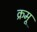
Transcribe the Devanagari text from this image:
क्रमू